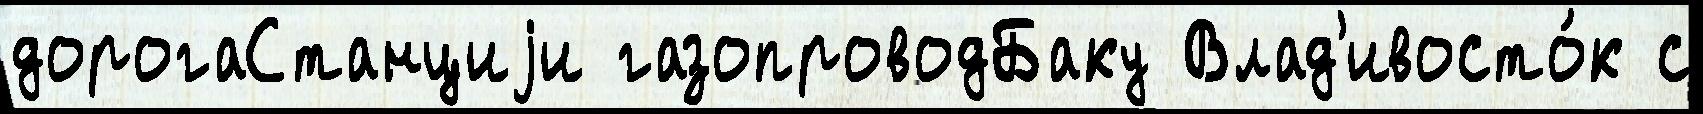
дорогаСтанциjи газопроводБаку Влад'ивосто́к с